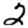
Digit: 2